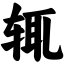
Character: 辄